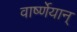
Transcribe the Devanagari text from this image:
वार्ष्णेयान्‌